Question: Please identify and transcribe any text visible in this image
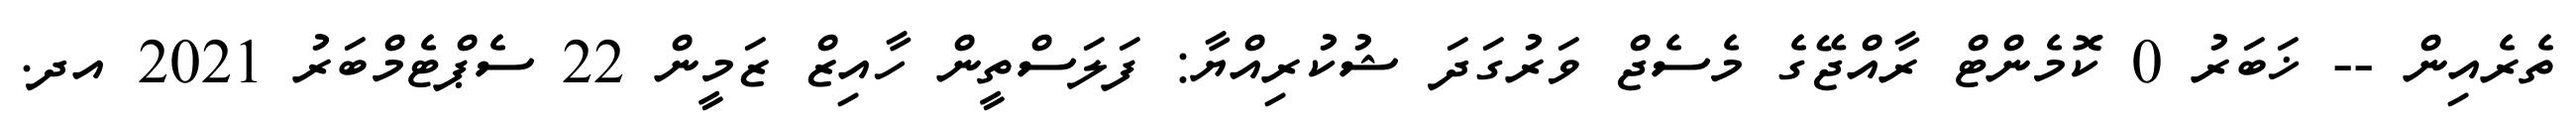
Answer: ތެރެއިން -- ޚަބަރު 0 ކޮމެންޓް ރާއްޖޭގެ މެސެޖް ވަރުގަދަ ޝުކުރިއްޔާ: ފަލަސްތީން ހާއިޒް ޒަމީން 22 ސެޕްޓެމްބަރު 2021 އދ.